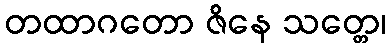
တထာဂတော ဇိနေ သတ္တေ၊